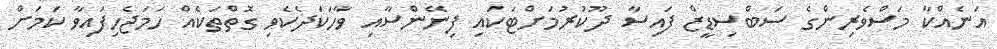
އަނެއްކާ މަސްވެރިންގެ ސަބްސިޑީޒް ފައިސާ ދޫކުރުމަށްޓަކައި ފިނޭންސާއި ވާހަކަދެކެވި ގޮތްތަކެއް ހަމަޖެހިފައިވާ ކަމަށް